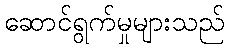
ဆောင်ရွက်မှုများသည်